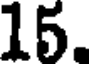
15.